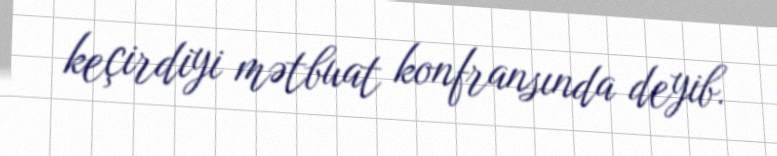
keçirdiyi mətbuat konfransında deyib.